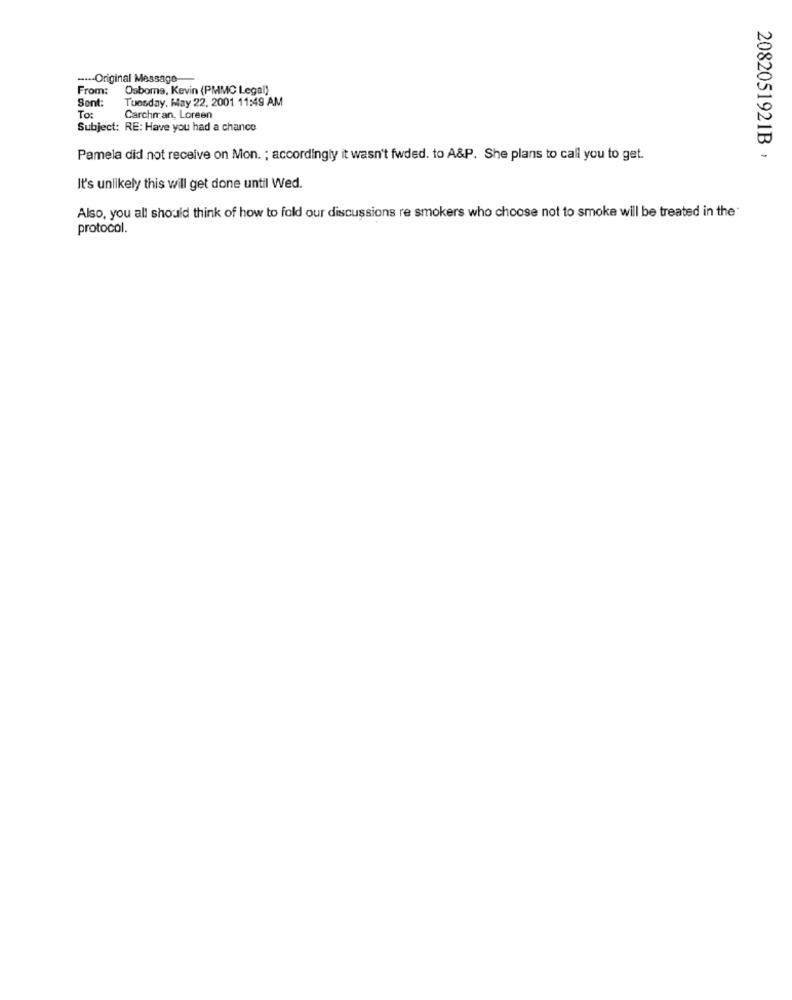
---- Original Message
From:
Osborne, Kevin (PMMC Legal)
Sont:
Tuesday, May 22, 2001 11:49 AM
To:
Carchman, Loreen
Subject: RE: Have you had a chance
Pamela did not receive on Mon. ; accordingly it wasn't fwded. to A&P. She plans to call you to get.
2082051921B ,
It's unlikely this will get done until Wed.
Also, you all should think of how to fold our discussions re smokers who choose not to smoke will be treated in the
protocol.